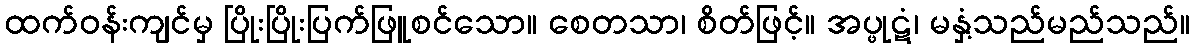
ထက်ဝန်းကျင်မှ ပြိုးပြိုးပြက်ဖြူစင်သော။ စေတသာ၊ စိတ်ဖြင့်။ အပ္ဖုဋံ၊ မနှံ့သည်မည်သည်။